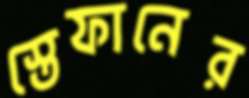
স্তেফানের